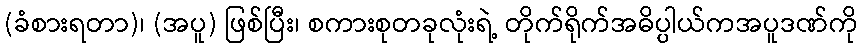
(ခံစားရတာ)၊ (အပူ) ဖြစ်ပြီး၊ စကားစုတခုလုံးရဲ့ တိုက်ရိုက်အဓိပ္ပါယ်ကအပူဒဏ်ကို